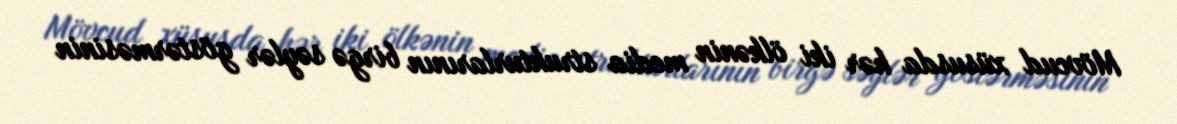
Mövcud xüsusda hər iki ölkənin media strukturlarının birgə səylər göstərməsinin